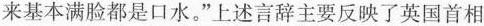
来基本满脸都是口水。”上述言辞主要反映了英国首相